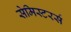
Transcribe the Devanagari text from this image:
सेमिस्टरर्स